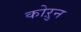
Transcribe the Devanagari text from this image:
कोऱुन